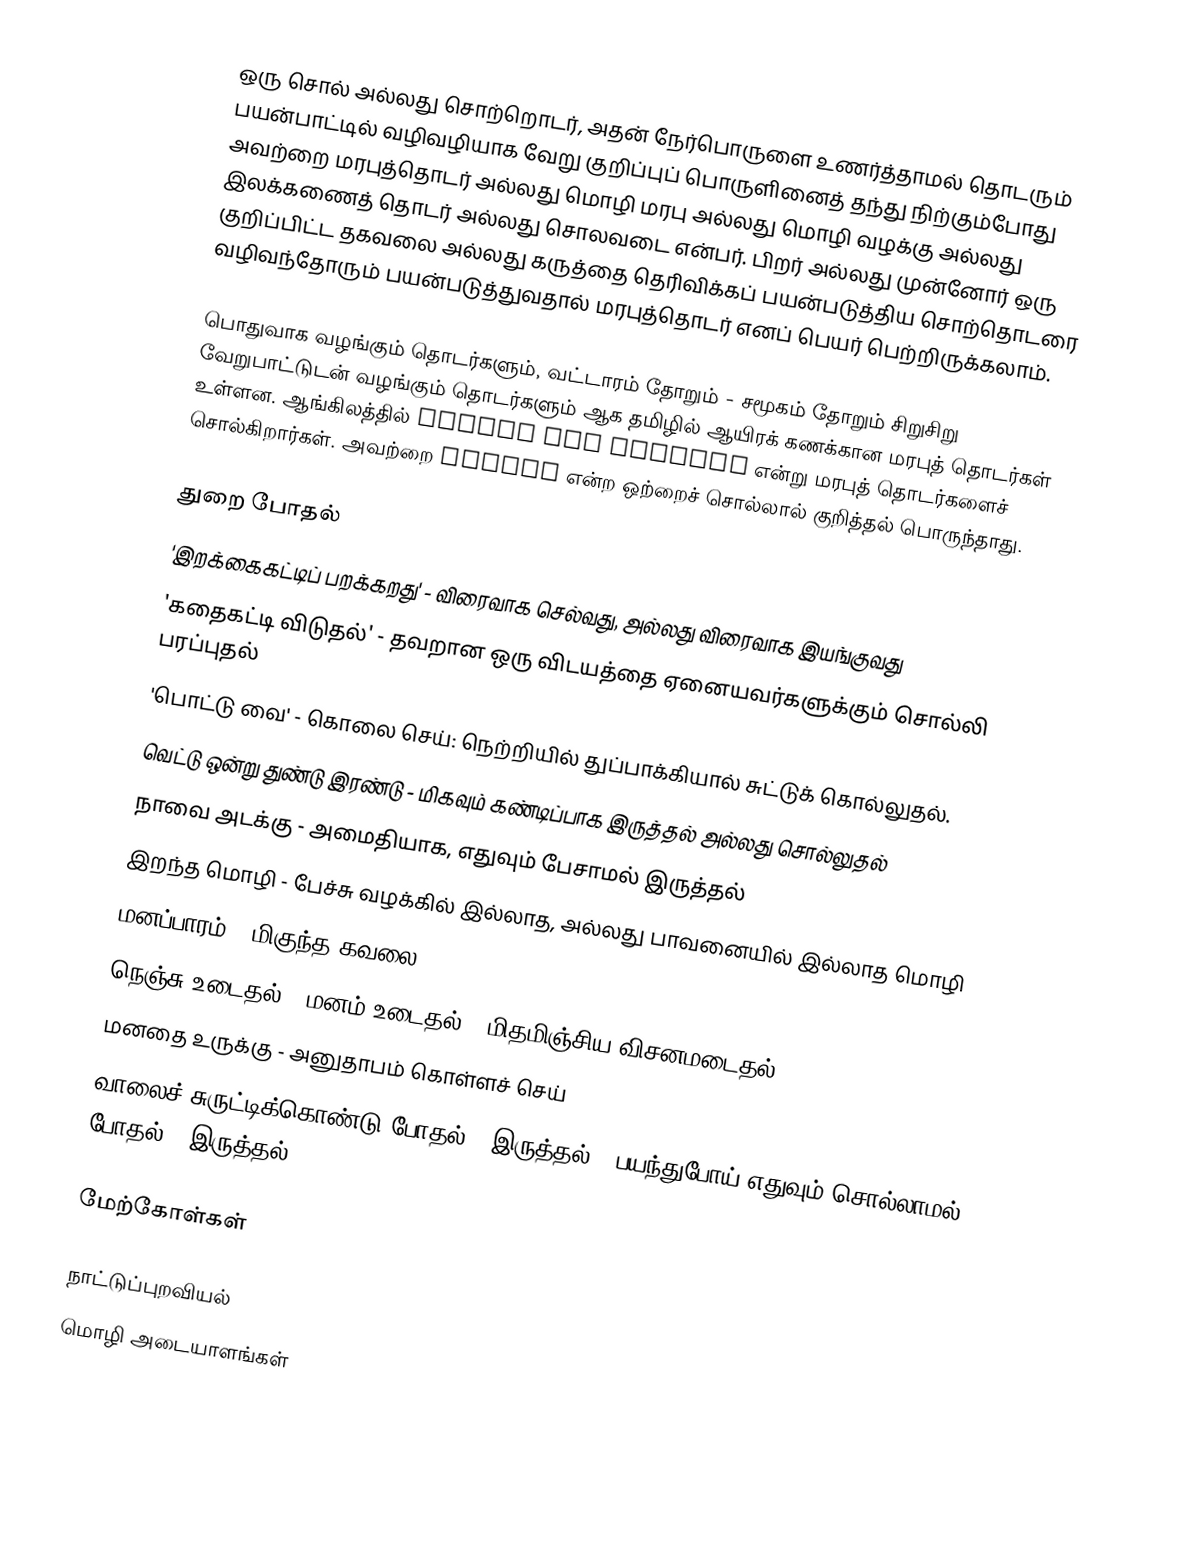
ஒரு சொல் அல்லது சொற்றொடர், அதன் நேர்பொருளை உணர்த்தாமல் தொடரும் பயன்பாட்டில் வழிவழியாக வேறு குறிப்புப் பொருளினைத் தந்து நிற்கும்போது அவற்றை மரபுத்தொடர் அல்லது மொழி மரபு அல்லது மொழி வழக்கு அல்லது இலக்கணைத் தொடர் அல்லது சொலவடை என்பர். பிறர் அல்லது முன்னோர் ஒரு குறிப்பிட்ட தகவலை அல்லது கருத்தை தெரிவிக்கப் பயன்படுத்திய சொற்தொடரை வழிவந்தோரும் பயன்படுத்துவதால் மரபுத்தொடர் எனப் பெயர் பெற்றிருக்கலாம்.

பொதுவாக வழங்கும் தொடர்களும், வட்டாரம் தோறும் - சமூகம் தோறும் சிறுசிறு வேறுபாட்டுடன் வழங்கும் தொடர்களும் ஆக தமிழில் ஆயிரக் கணக்கான மரபுத் தொடர்கள் உள்ளன. ஆங்கிலத்தில் Idioms and Phrases என்று மரபுத் தொடர்களைச் சொல்கிறார்கள். அவற்றை Idioms என்ற ஒற்றைச் சொல்லால் குறித்தல் பொருந்தாது.

துறை போதல்
 'இறக்கைகட்டிப் பறக்கறது' - விரைவாக செல்வது, அல்லது விரைவாக இயங்குவது
 'கதைகட்டி விடுதல்' - தவறான ஒரு விடயத்தை ஏனையவர்களுக்கும் சொல்லி பரப்புதல்
 'பொட்டு வை' - கொலை செய்: நெற்றியில் துப்பாக்கியால் சுட்டுக் கொல்லுதல்.
 வெட்டு ஒன்று துண்டு இரண்டு - மிகவும் கண்டிப்பாக இருத்தல் அல்லது சொல்லுதல்
 நாவை அடக்கு - அமைதியாக, எதுவும் பேசாமல் இருத்தல்
 இறந்த மொழி - பேச்சு வழக்கில் இல்லாத, அல்லது பாவனையில் இல்லாத மொழி
 மனப்பாரம் - மிகுந்த கவலை
 நெஞ்சு உடைதல் / மனம் உடைதல் - மிதமிஞ்சிய விசனமடைதல்
 மனதை உருக்கு - அனுதாபம் கொள்ளச் செய்
 வாலைச் சுருட்டிக்கொண்டு போதல் / இருத்தல் - பயந்துபோய் எதுவும் சொல்லாமல் போதல் / இருத்தல்

மேற்கோள்கள்

நாட்டுப்புறவியல்
மொழி அடையாளங்கள்